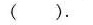
( )。